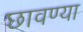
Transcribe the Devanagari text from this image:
छावण्‍या